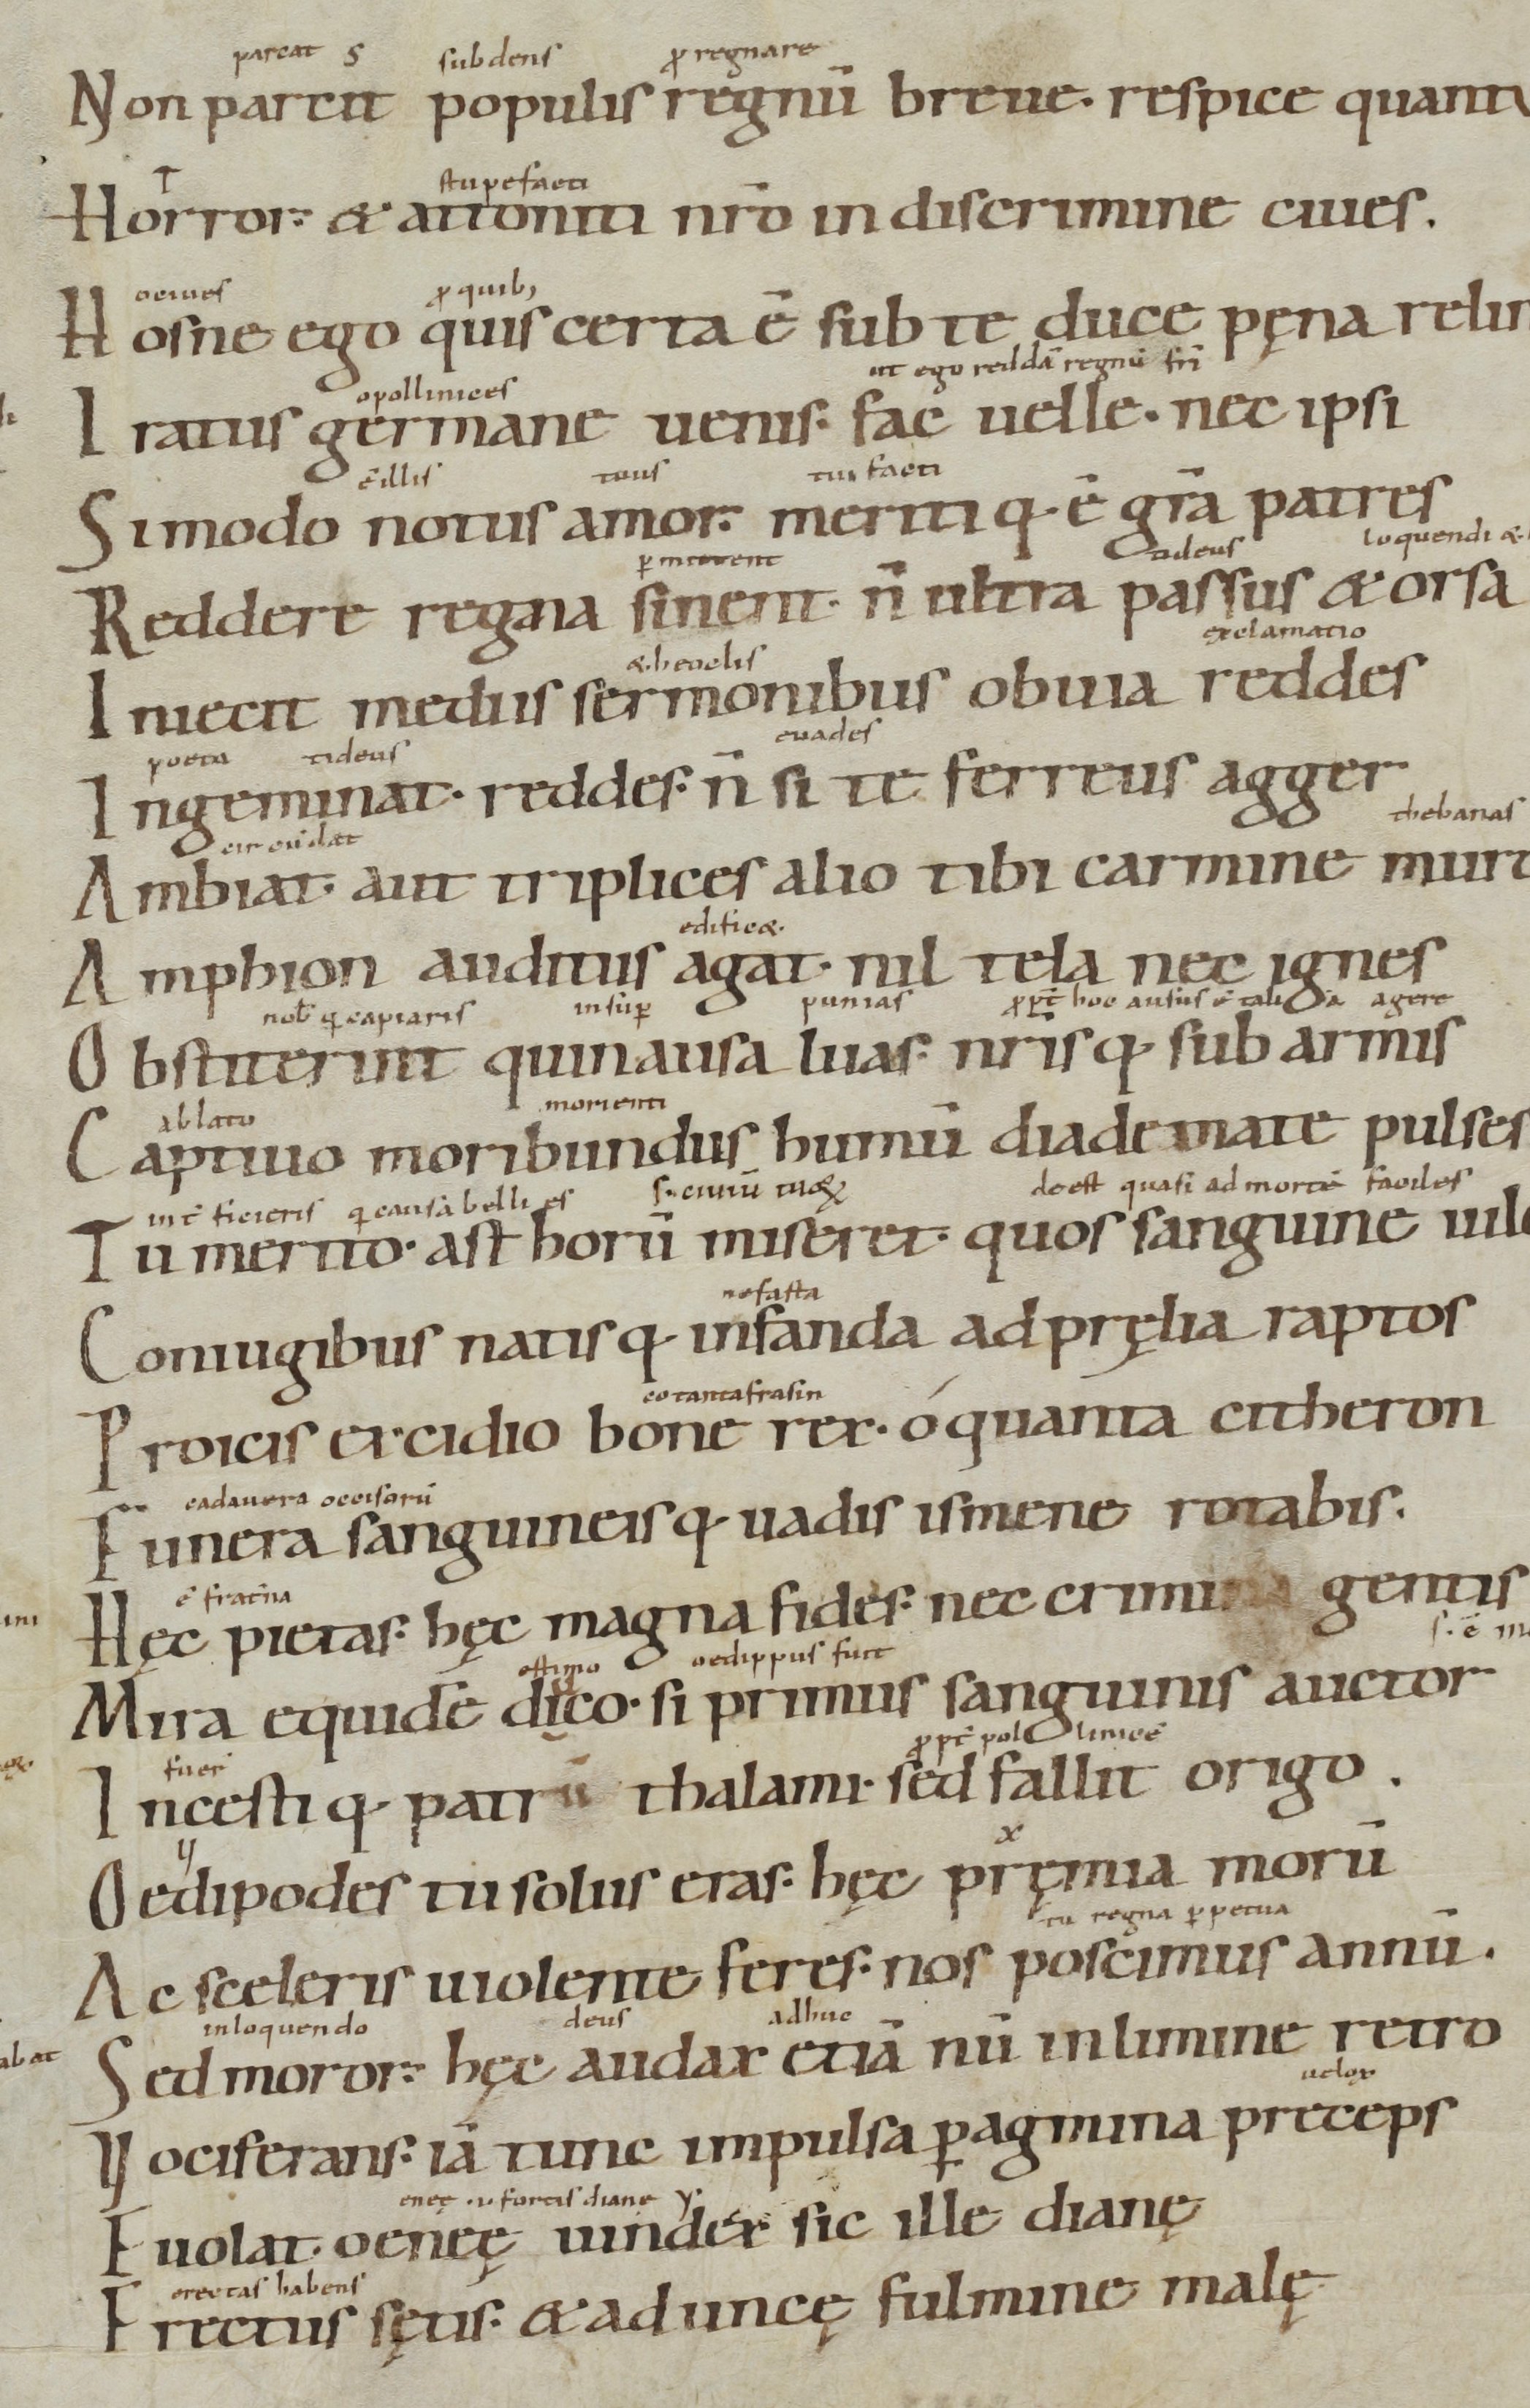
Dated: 900–1199